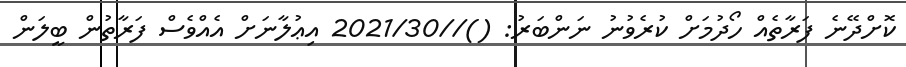
ކޮށްދޭނެ ފަރާތެއް ހޯދުމަށް ކުރެވުނު ނަންބަރު: ()//2021/30 އިޢުލާނަށް އެއްވެސް ފަރާތުން ބީލަން